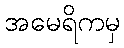
အမေရိကမှ